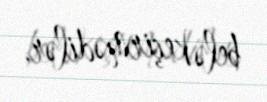
belə keçirmədilər.